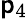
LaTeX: \mathsf{p}_{4}